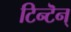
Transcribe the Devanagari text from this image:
टिन्टॆन्